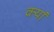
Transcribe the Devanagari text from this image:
क्यां